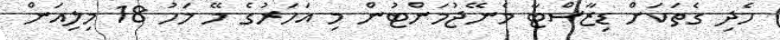
ހެދި ގެތަކަށް ޑިޒާސްޓާ މެނޭޖުމަންޓުން މި އަހަރުގެ މޭ މަހު 18 މިލިއަން